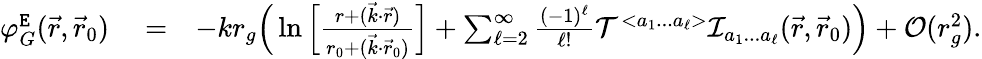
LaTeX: \begin{array}{rlr}{\varphi_{G}^{\tt E}(\vec{r},\vec{r}_{0})}&{{}=}&{-kr_{g}\Big(\ln\Big[\frac{r+(\vec{k}\cdot\vec{r})}{r_{0}+(\vec{k}\cdot\vec{r}_{0})}\Big]+\sum_{\ell=2}^{\infty}\frac{(-1)^{\ell}}{\ell!}{\cal T}^{<a_{1}...a_{\ell}>}{\cal I}_{a_{1}...a_{\ell}}(\vec{r},\vec{r}_{0})\Big)+{\cal O}(r_{g}^{2}).}\end{array}